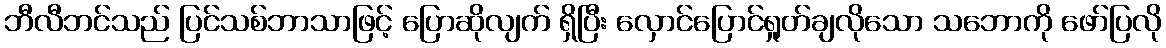
ဘီလီဘင်သည် ပြင်သစ်ဘာသာဖြင့် ပြောဆိုလျက် ရှိပြီး လှောင်ပြောင်ရှုတ်ချလိုသော သဘောကို ဖော်ပြလို